65_HS1-834228961_62-HQ-83894_Section_10
Agency: FBI
Page 11
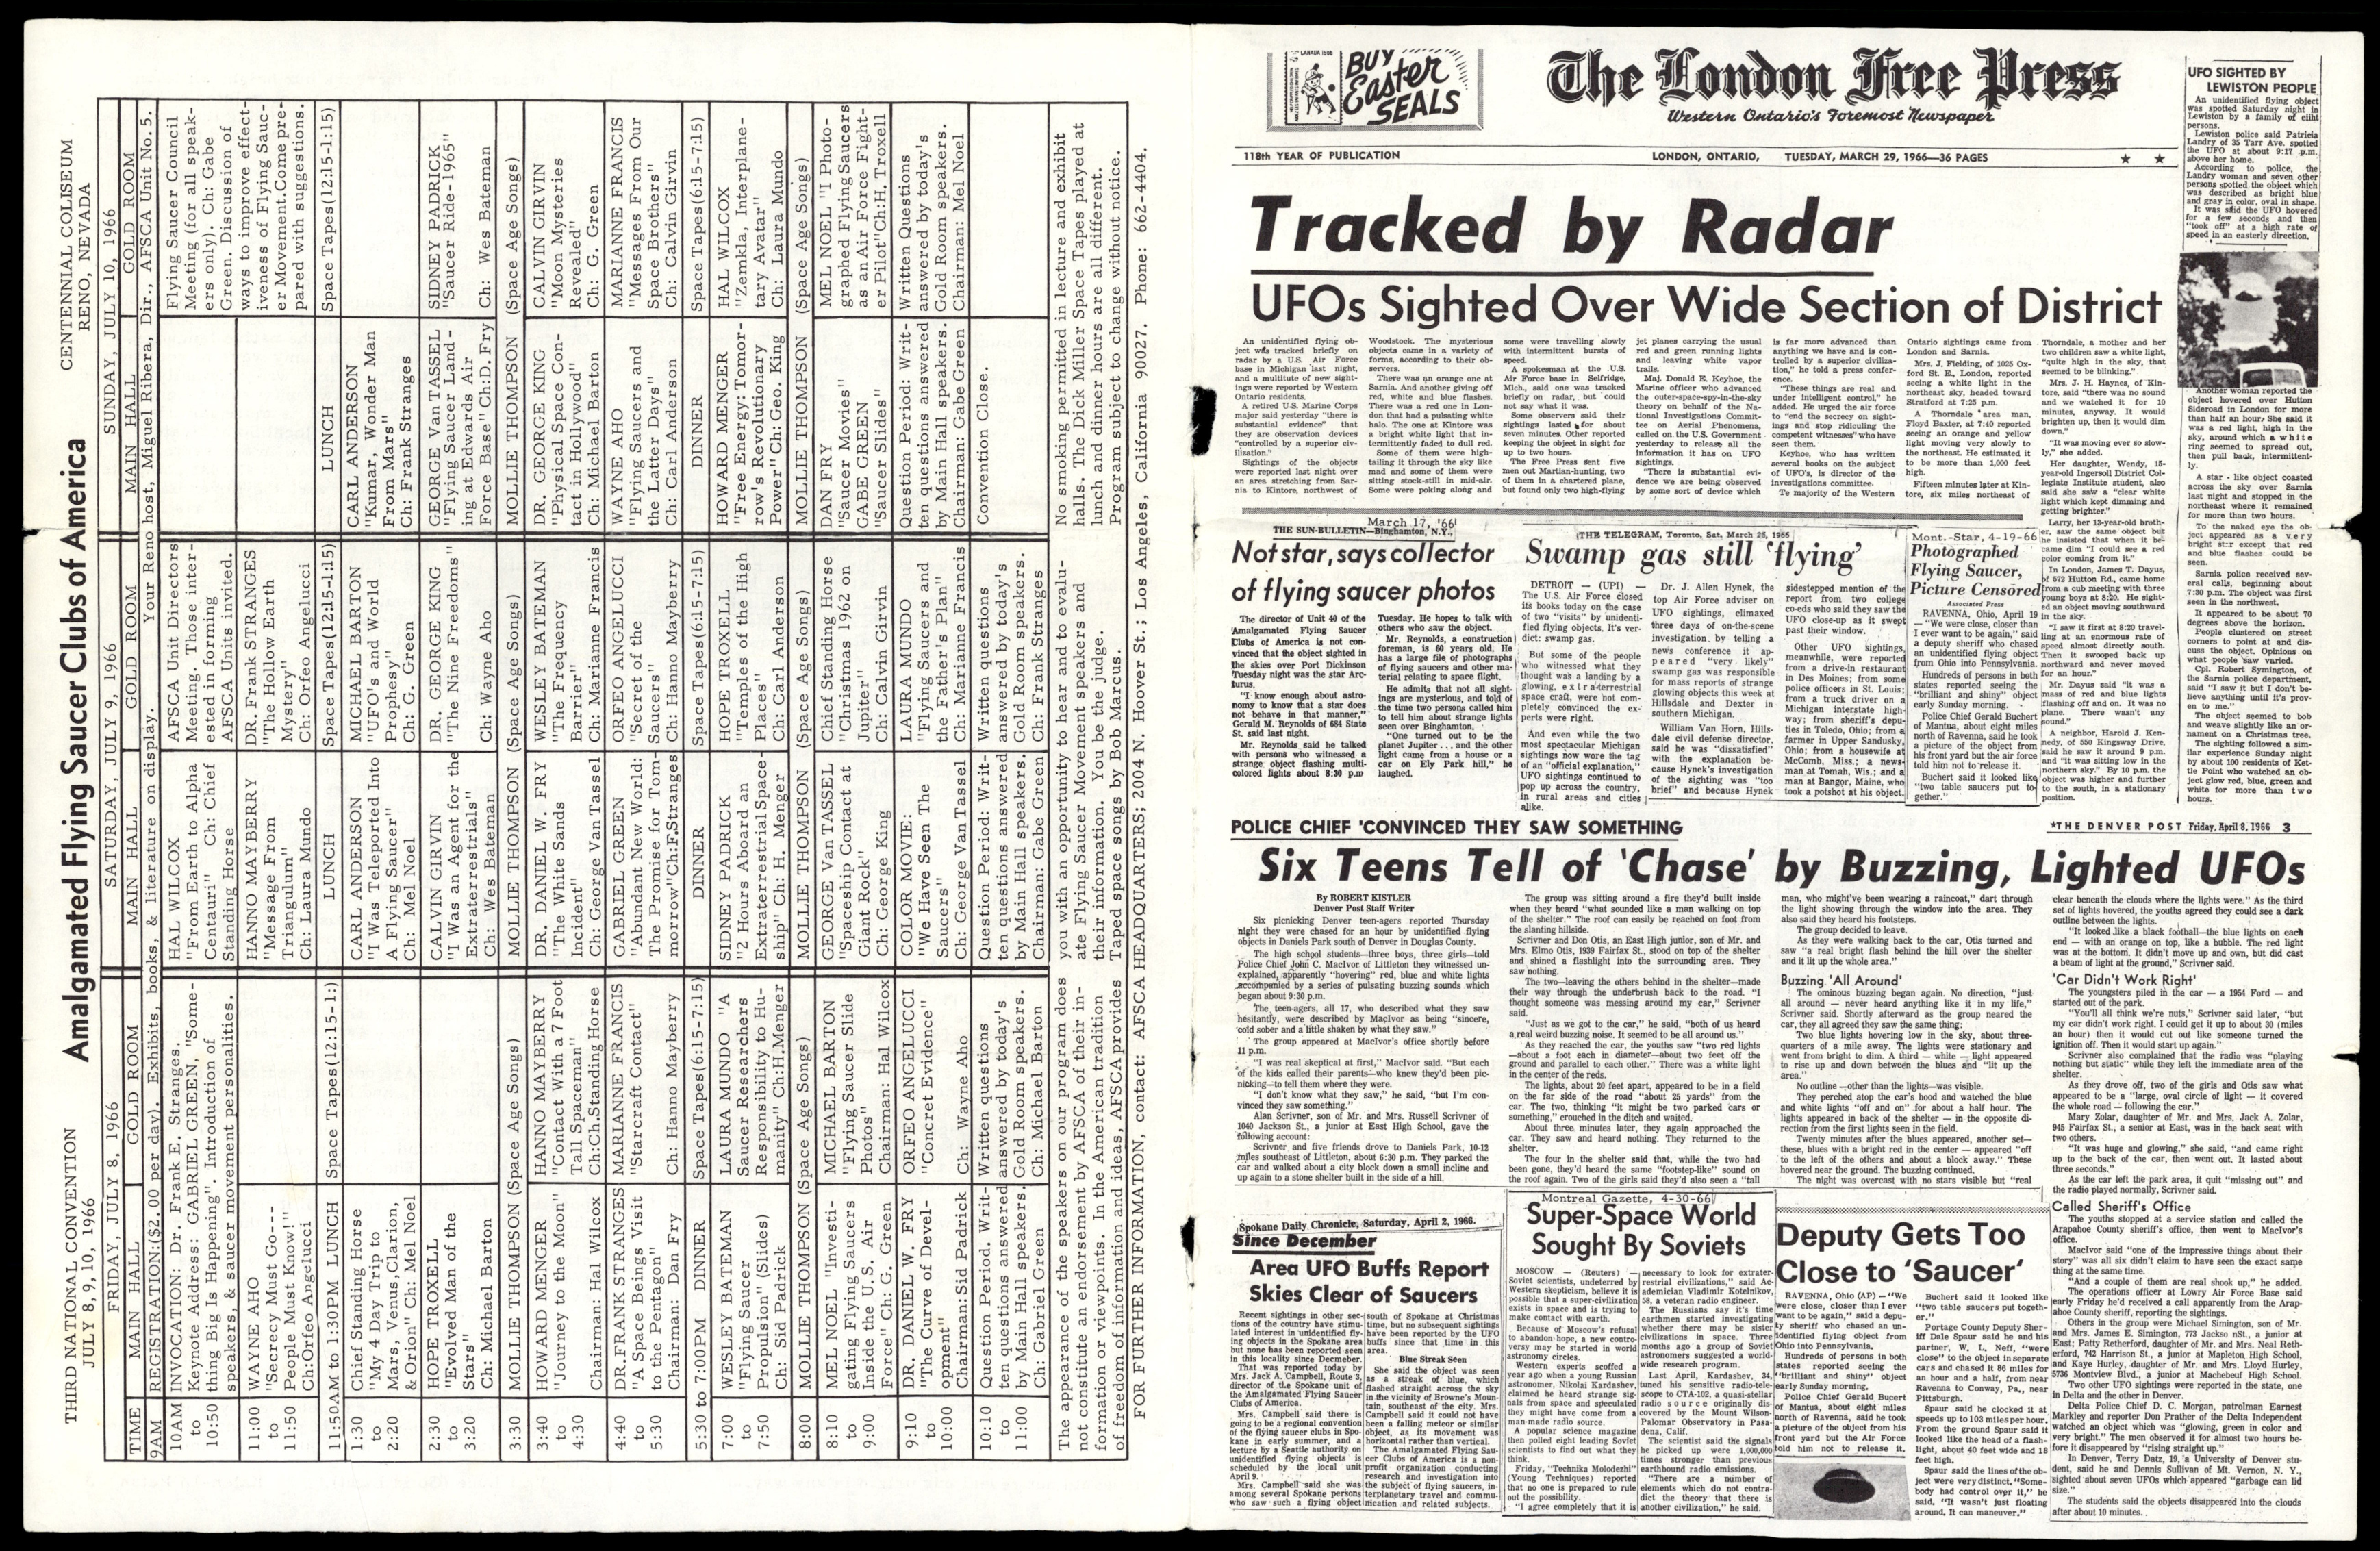